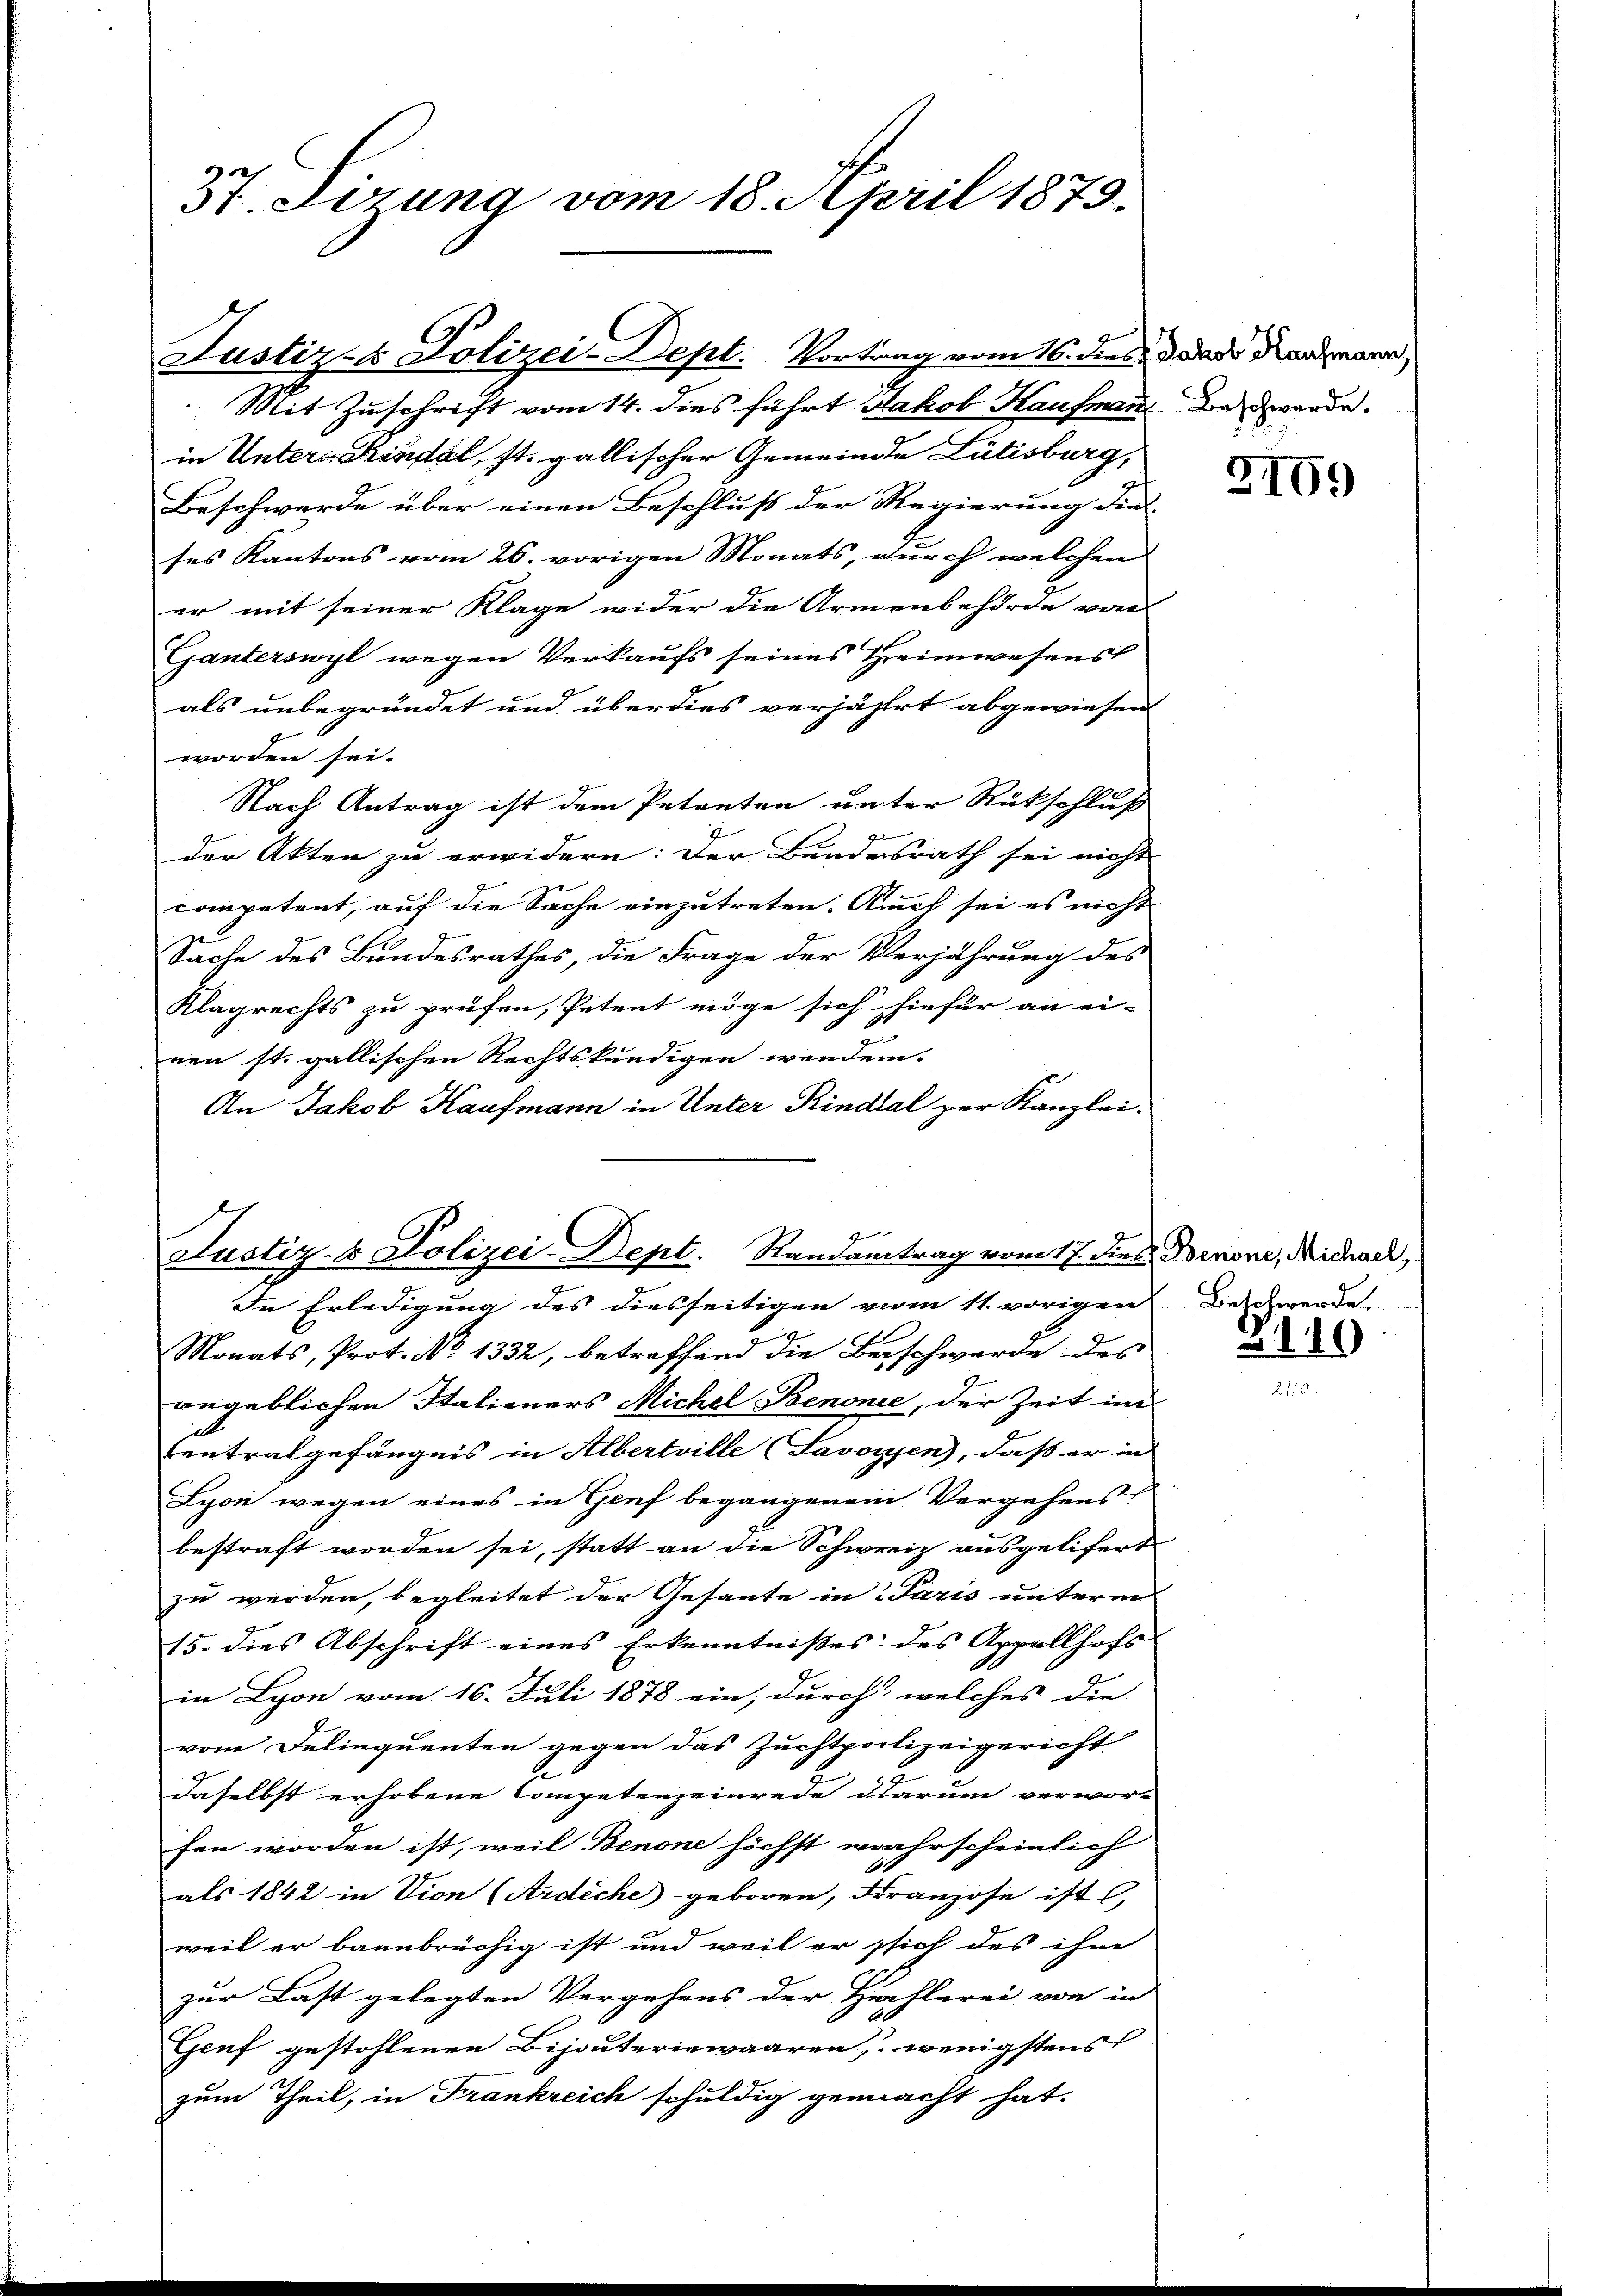
37. Sizung vom 18. April 1873.

Justiz & Polizei-Dept. Vortrag vom 16. dies i. d. dass dermann,
 Mit Zuschrift vom 14. dies führt Jakob Kaufman den werde.

in Unters Kindel, st. gallischer Gemeinde Lübisburg,
Beschwerde über einen Beschluß der Regierung die
ses Kantons vom 26. vorigen Monats, durch welchen
er mit seiner Klage wider die Armenbehörde von
Ganterswyl wegen Verkaufs seines Heimwesens
als unbegründet und überdies verjährt abgewiesen
worden sei.
Nach Antrag ist dem Petreten unter Rückschluß
der Akten zu erwidern: Der Bundesrath sei nicht
competent, auf die Sache einzutreten. Auch sei es nicht
G
Sache des Bundesrathes, die Frage der Verjährung des
Klagrechts zu prüfen, Petent möge sich hiefür an ei-
nen st. gallischen Rechtskundigen wenden.
An Jakob Kaufmann in Unter Rindal per Kanzlei-

Justiz- & Polizei-Dept. Randantrag vom 17. dies Bornoni, Michach,
In Erledigung des diesseitigen vom 11. vorigen Beschwerde.

Monats, Prot. No 1332, betreffend die Beschwerde des
angeblichen Italieners Michel Benonie, der Zeit im
tentralgefängnis in Albertrille (Savoyjen), daß er in
Lyon wegen eines in Genf begangenem Vergehens
bestraft worden sei, statt an die Schweiz ausgelifert
zu werden, begleitet der Gesante in 3 Paris unterm
15. dies Abschrift eines Erkenntnisses des Appellhofs |
in Lyon vom 16. Juli 1878 ein, durch welches die
vom Delinquenten gegen das Zuchtpolizeigericht
daselbst erhobene Competenzeinrede darum verwor-
fen worden ist, weil Benone höchst wahrscheinlich
als 1842 in Vion (Ardiche geboren, Franzose ist,
weil er bannbrüchig ist und weil er sich des ihm
zur Last gelegten Vergehens der Hochlerei von in
Genf gestohlenen Bijouteriewaaren, wenigstens
zum Theil, in Frankreich schuldig gemacht hat.

3109

210